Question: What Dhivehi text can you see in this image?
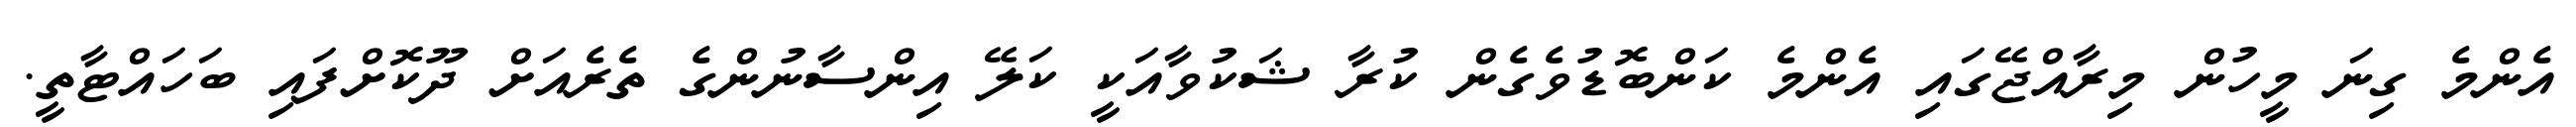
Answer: އެންމެ ގިނަ މީހުން މިރާއްޖޭގައި އެންމެ ކަންބޮޑުވެގެން ކުރާ ޝަކުވާއަކީ ކަލޭ އިންސާނުންގެ ތެރެއަށް ދޫކޮށްފައި ބަހައްޓާތީ.